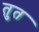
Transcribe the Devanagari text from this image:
तुत